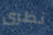
نظرى